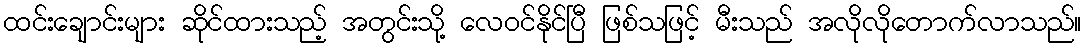
ထင်းချောင်းများ ဆိုင်ထားသည့် အတွင်းသို့ လေဝင်နိုင်ပြီ ဖြစ်သဖြင့် မီးသည် အလိုလိုတောက်လာသည်။